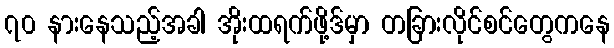
၇၀ နားနေသည့်အခါ အိုးထရက်ဖို့ဒ်မှာ တခြားလိုင်စင်တွေကနေ